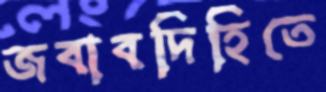
জবাবদিহিতে